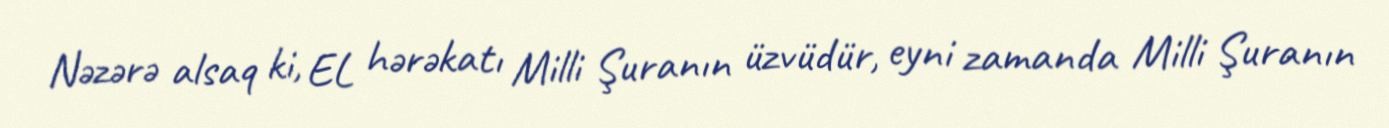
Nəzərə alsaq ki, EL hərəkatı Milli Şuranın üzvüdür, eyni zamanda Milli Şuranın